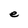
Character: e